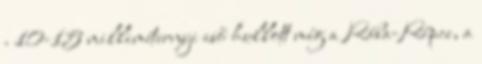
. 10-15 milliméternyi eső hullott még a Rába-Répce, a